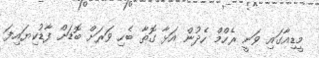
މީޑިއާގައި ވަނީ ރެހްމް ހެދުން އަޅާ ގޮތާ ބެހި ވަރަށް ބޮޑަށް ފާޑުކިޔައިފަ